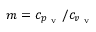
m = c _ { p _ { \mathrm { ~ v ~ } } } / c _ { v _ { \mathrm { ~ v ~ } } }